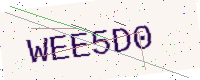
Text: WEE5D0